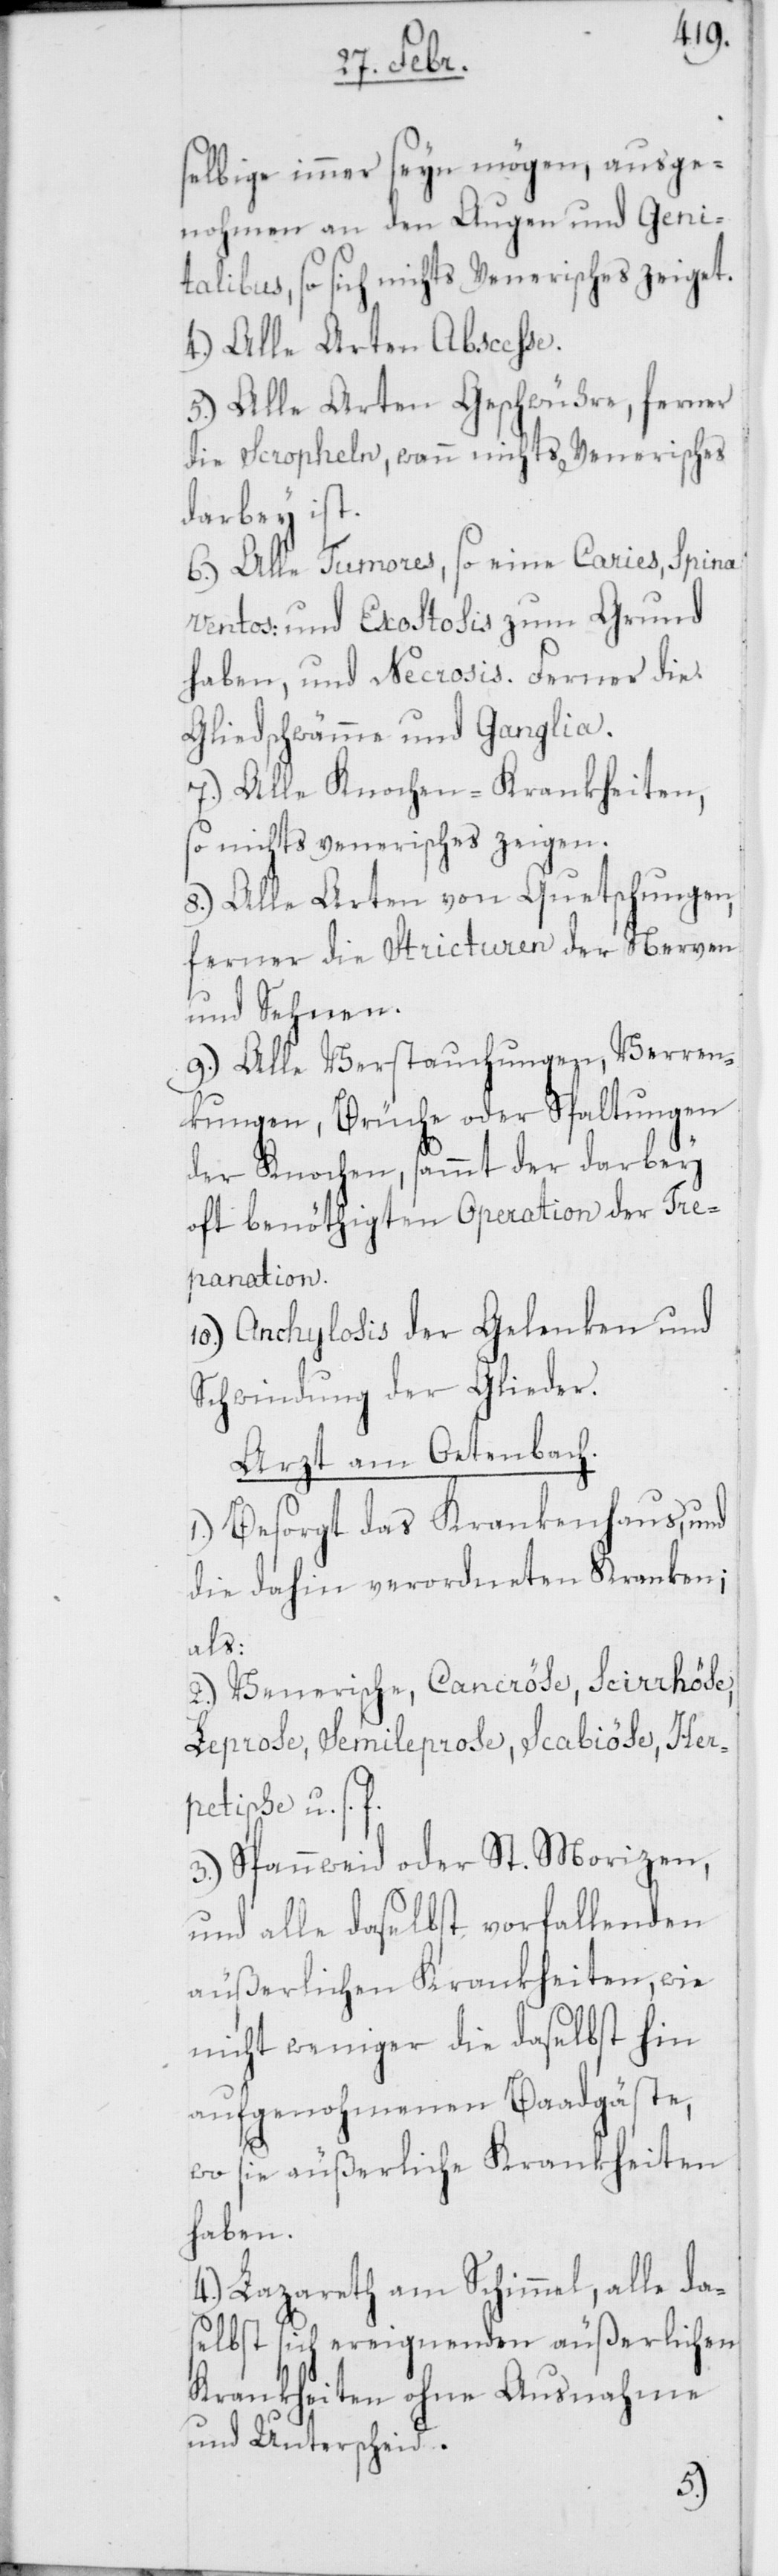
selbige immer seyn mögen, ausge¬
nohmen an den Augen und Geni¬
talibus, so sich nichts Venerisches zeiget.
4.) Alle Arten Abscesse.
5.) Alle Arten Geschwüre, ferner
die Scopheln, wann nichts Venerisches
darbey ist.
6.) Alle Tumores, so eine Caries, Spina
Ventos: und Exostosis zum Grund
haben, und Necrosis. Ferner die
Gliedschwämme und Ganglia.
7.) Alle Knochen-Krankheiten,
so nichts venerisches zeigen.
8.) Alle Arten von Quetschungen,
ferner die Stricturen der Nerven
und Sehnen.
9.) Alle Verstauchungen, Verren¬
kungen, Brüche oder Spaltungen
der Knochen, sammt der darbey
oft benöthigten Operation der Tre¬
panation.
10.) Anchylosis der Gelenken und
Schwindung der Glieder.
Arzt am Oetenbach.
1.) Besorgt das Krankenhaus, und
die dahin verordneten Kranken;
als:
2.) Venerische, Cancröse, Scirrhöse,
Leprose, Semileprose, Scabiöse, Her¬
petische u. s. f.
3.) Spannweid oder St. Morizen,
und alle daselbst vorfallenden
äußerlichen Krankheiten, wie
nicht weniger die daselbst hin
aufgenohmenen Baadgäste,
wo sie äußerliche Krankheiten
haben.
4.) Lazareth am Schimmel, alle da¬
selbst sich ereignenden äußerlichen
Krankheiten ohne Ausnahme
und Unterscheid.